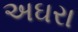
અઘરા